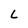
Character: L